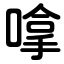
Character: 嗱